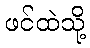
ဖင်ထဲသို့